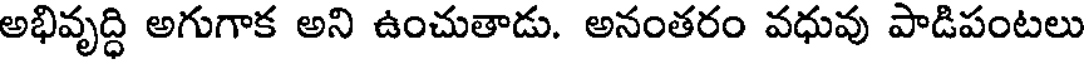
అభివృద్ధి అగుగాక అని ఉంచుతాడు. అనంతరం వధువు పాడిపంటలు